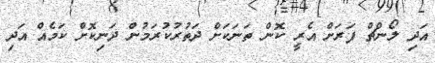
އަދި ލޯންޗް ފަރަށް އެރީ ކޮން ތަނަކަށް ދަތުުރުކުރަމުން ދަނިކޮށް ކަމެއް އަދި